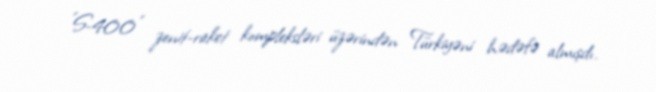
"S-400" zenit-raket kompleksləri üzərindən Türkiyəni hədəfə almışdı.